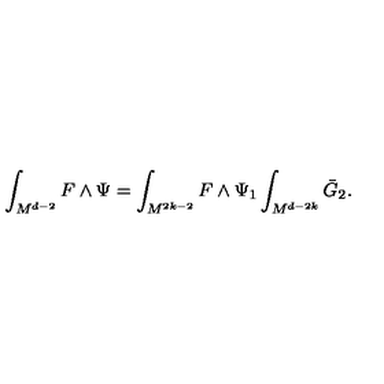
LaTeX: \int _ { M ^ { d - 2 } } F \wedge \Psi = \int _ { M ^ { 2 k - 2 } } F \wedge \Psi _ { 1 } \int _ { M ^ { d - 2 k } } \bar { G } _ { 2 } .